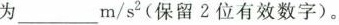
为___m/s^{2}(留2位有效数字)。